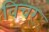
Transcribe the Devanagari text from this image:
विचर्